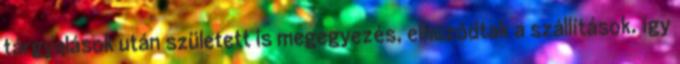
tárgyalások után született is megegyezés, elhúzódtak a szállítások. így